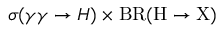
\sigma ( \gamma \gamma \rightarrow H ) \times \mathrm { { B R } ( H \rightarrow X ) }